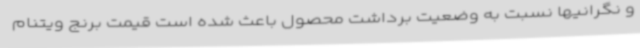
و نگرانیها نسبت به وضعیت برداشت محصول باعث شده است قیمت برنج ویتنام